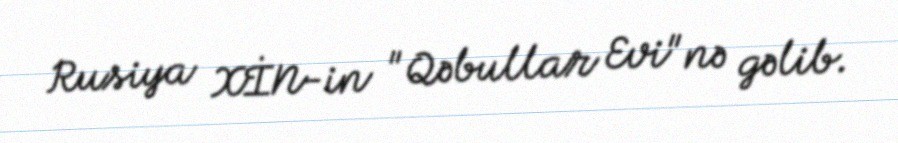
Rusiya XİN-in "Qəbullar Evi"nə gəlib.